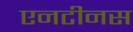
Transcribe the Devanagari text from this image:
एनटीनस